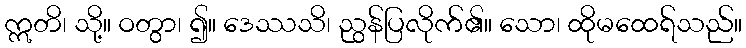
ဣတိ၊ သို့။ ဝတွာ၊ ၍။ ဒေဿသိ၊ ညွန်ပြလိုက်၏။ သော၊ ထိုမထေရ်သည်။